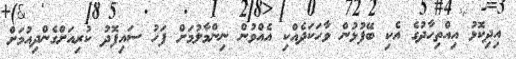
އިދިކޮޅު އިއްތިހާދުގެ އެކި ބޭފުޅުން ވާހަކަދެއްކި އެއްވުން ނިންމާލުމަށް ފަހު ސައިފޮދު ކުރިއަށްގެންދިއުމަށް